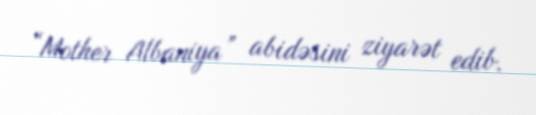
“Mother Albaniya” abidəsini ziyarət edib.